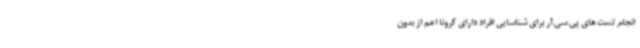
انجام تست های پی.سی.آر برای شناسایی افراد دارای کرونا اعم از بدون